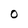
Character: O